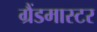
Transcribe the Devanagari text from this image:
ग्रैंडमास्‍टर